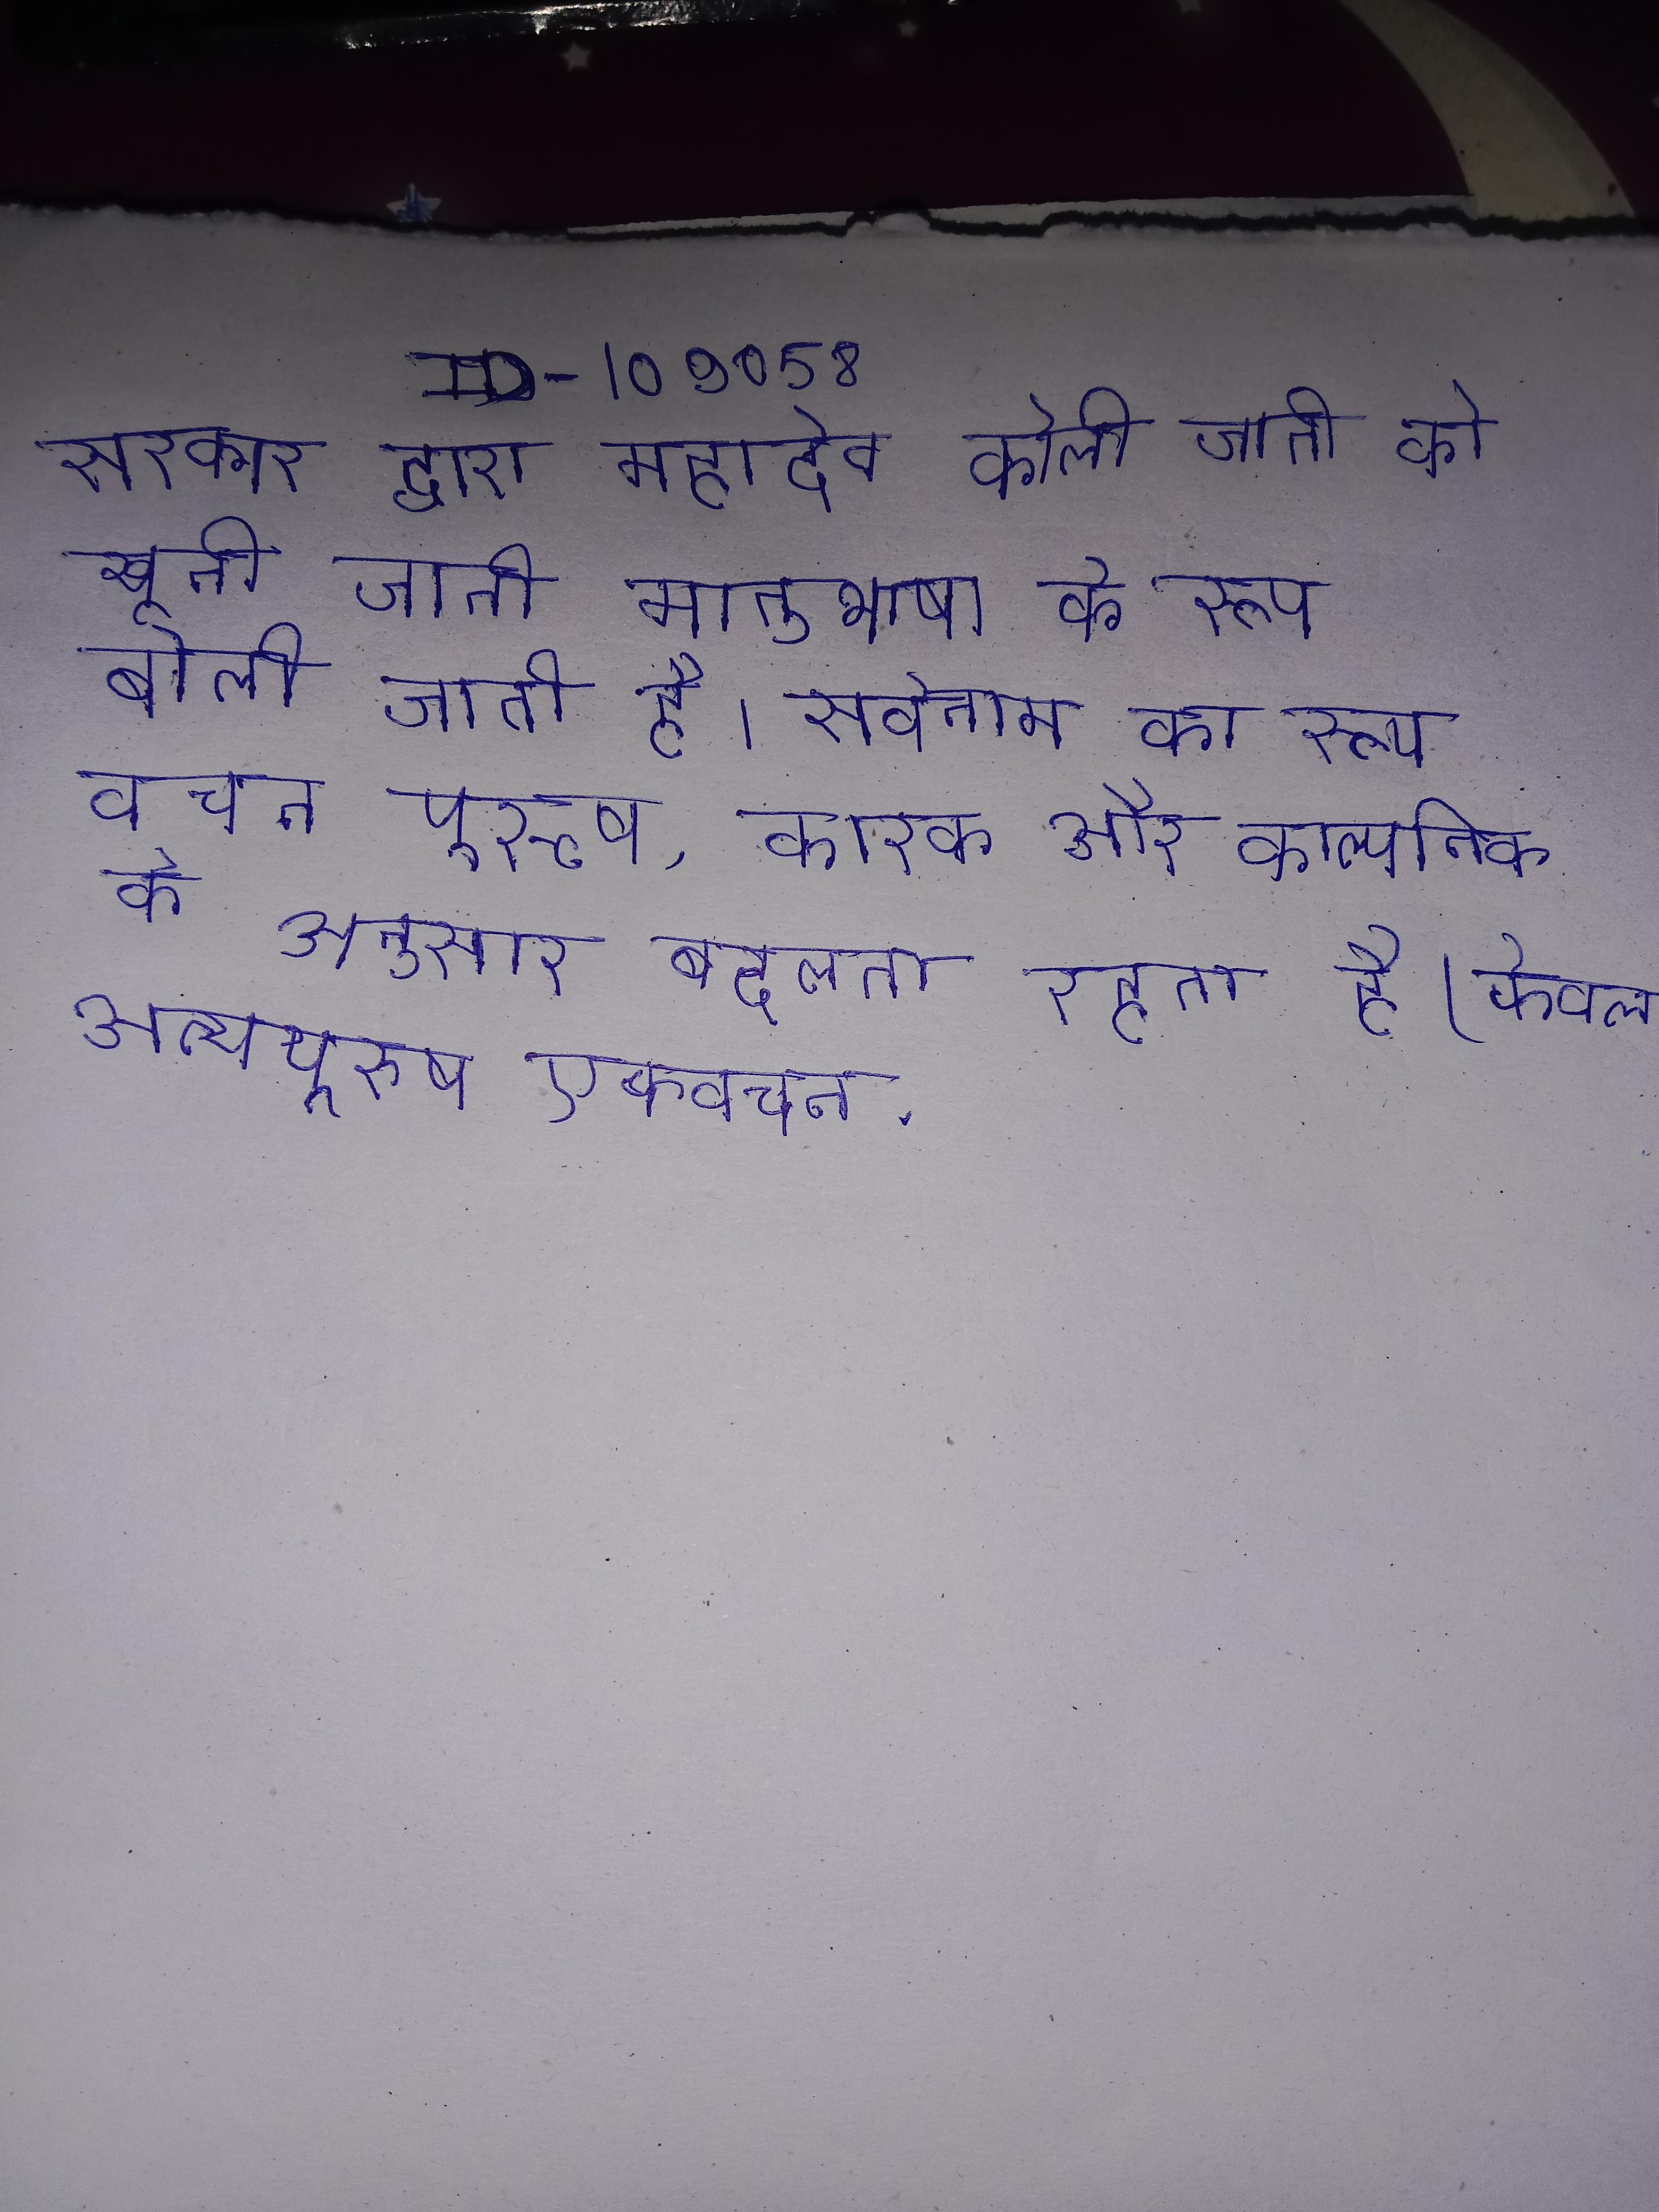
सरकार द्वारा महादेव कोली जाती को खूनी जाती घोसित कर दिया गया था । सरकार ने राघोजी पर ५००० का इनाम घोषित किया था या मुर्दा । सरकारी भाषा है जो जनता द्वारा मातृभाषा के रूप बोली जाती है । सर्वनाम का रूप, वचन, पुरुष, कारक और काल्पनिक के अनुसार बदलता रहता है (केवल अन्यपुरुष एकवचन .